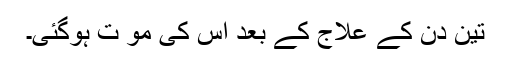
تین دن کے علاج کے بعد اس کی مو ت ہوگئی۔